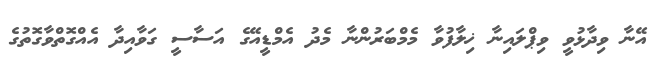
އޭނާ ވިދާޅުވީ ވިޕްލައިނާ ޚިލާފުވާ މެމްބަރުންނާ މެދު އެމްޑީއޭގެ އަސާސީ ގަވާއިދާ އެއްގޮތްވާގޮތުގެ